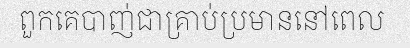
ពួកគេបាញ់ជាគ្រាប់ប្រមាននៅពេល